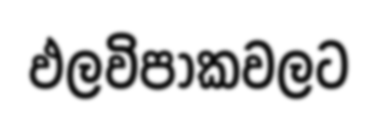
ඵලවිපාකවලට